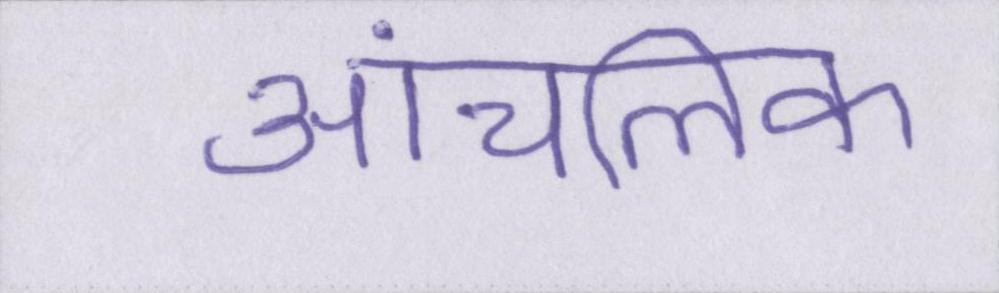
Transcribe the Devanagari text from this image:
आंचलिक